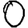
Digit: 0